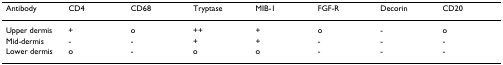
<table><thead><tr><td><b>Antibody</b></td><td><b>CD4</b></td><td><b>CD68</b></td><td><b>Tryptase</b></td><td><b>MIB-1</b></td><td><b>FGF-R</b></td><td><b>Decorin</b></td><td><b>CD20</b></td></tr></thead><tbody><tr><td>Upper dermis</td><td>+</td><td>o</td><td>++</td><td>+</td><td>o</td><td>-</td><td>o</td></tr><tr><td>Mid-dermis</td><td>-</td><td>-</td><td>+</td><td>+</td><td>-</td><td>-</td><td>-</td></tr><tr><td>Lower dermis</td><td>o</td><td>-</td><td>o</td><td>o</td><td>-</td><td>-</td><td>-</td></tr></tbody></table>